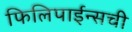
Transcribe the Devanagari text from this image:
फिलिपाईन्सची